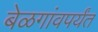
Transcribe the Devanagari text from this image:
बेळगांवपर्यंत